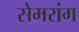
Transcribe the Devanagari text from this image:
सेमरांग